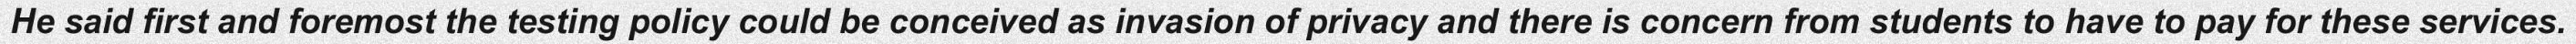
He said first and foremost the testing policy could be conceived as invasion of privacy and there is concern from students to have to pay for these services.